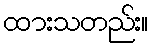
ထားသတည်း။